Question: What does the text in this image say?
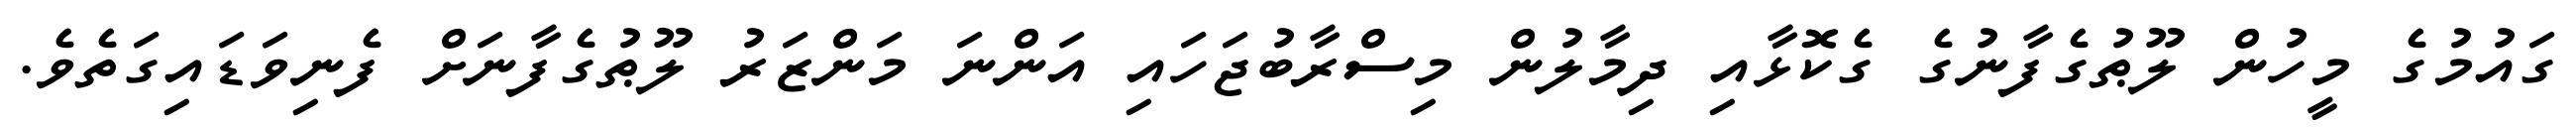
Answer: ގައުމުގެ މީހުން ލޫޠުގެފާނުގެ ގެކޮޅާއި ދިމާލުން މިސްރާބުޖަހައި އަންނަ މަންޒަރު ލޫޠުގެފާނަށް ފެނިވަޑައިގަތެވެ.